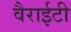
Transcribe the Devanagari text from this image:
वैराईटी